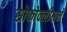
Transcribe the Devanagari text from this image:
सोफोक्लीसने